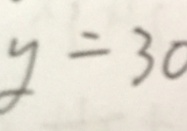
y = 3 0